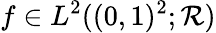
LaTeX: f\in L^{2}((0,1)^{2};\mathcal{R})